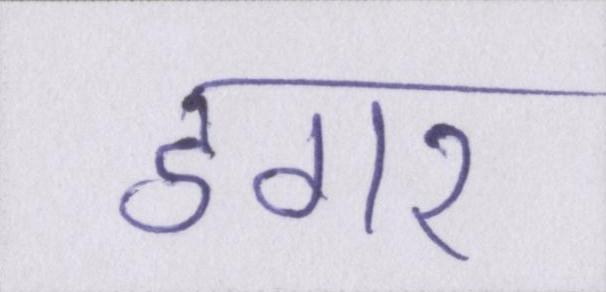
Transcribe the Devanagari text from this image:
डगर